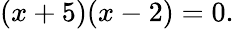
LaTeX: (x+5)(x-2)=0.